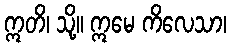
ဣတိ၊ သို့။ ဣမေ ကိလေသာ၊